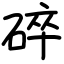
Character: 碎